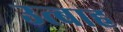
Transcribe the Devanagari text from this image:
उत्बाह